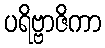
ပရိဗ္ဗာဇိကာ